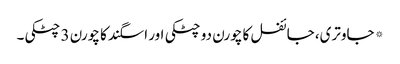
* جاوتری، جائفل کا چورن دو چٹکی اور اسگند کا چورن 3 چٹکی۔